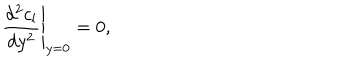
\left. { \frac { d ^ { 2 } c _ { l } } { d y ^ { 2 } } } \right| _ { y = 0 } = 0 ,